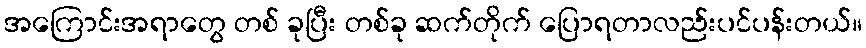
အကြောင်းအရာတွေ တစ် ခုပြီး တစ်ခု ဆက်တိုက် ပြောရတာလည်းပင်ပန်းတယ်။